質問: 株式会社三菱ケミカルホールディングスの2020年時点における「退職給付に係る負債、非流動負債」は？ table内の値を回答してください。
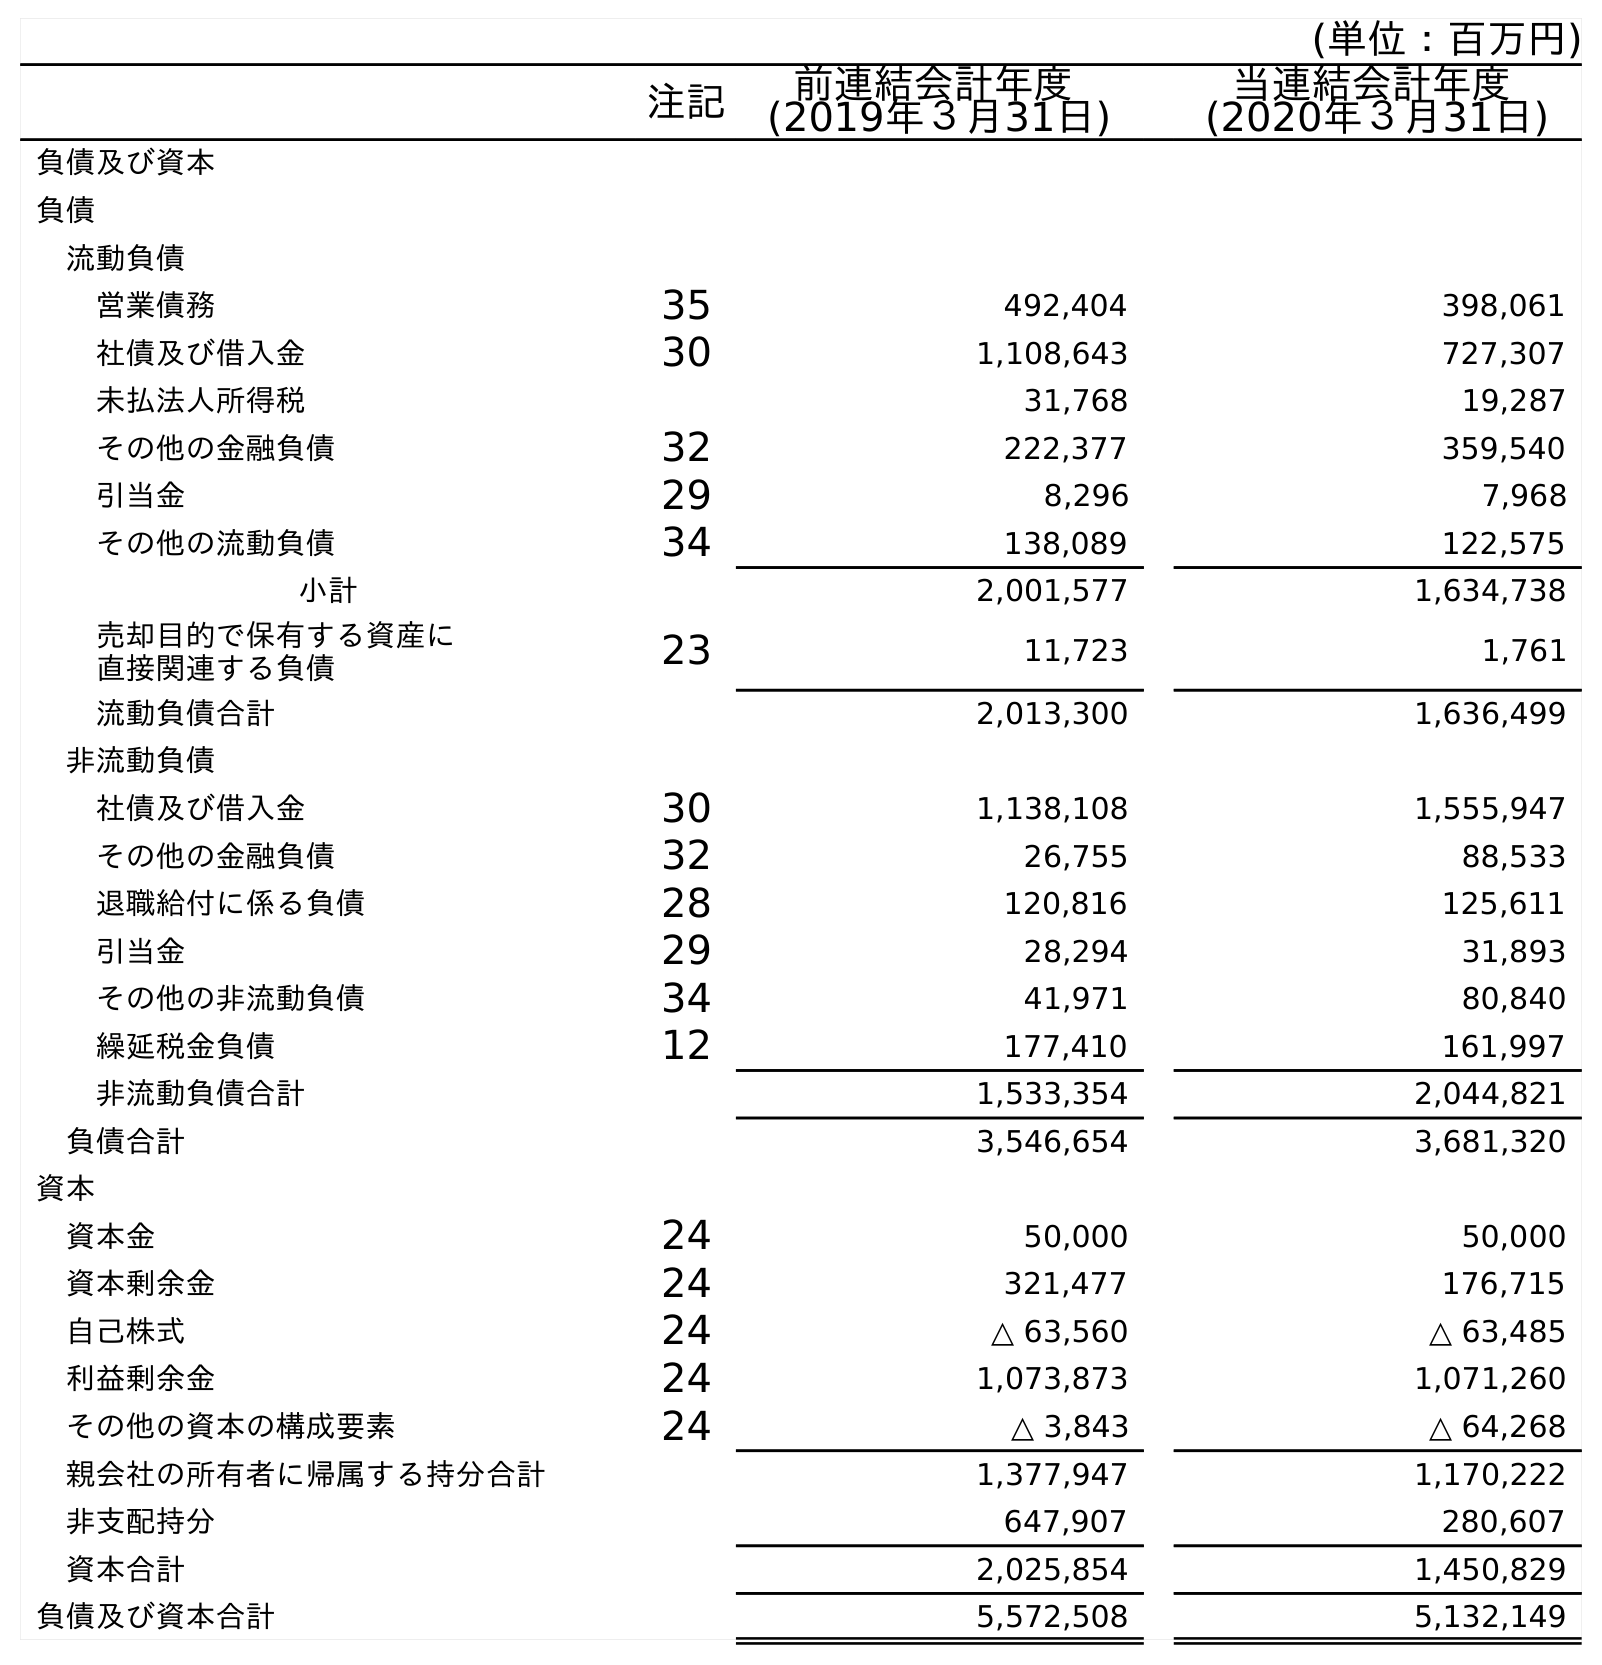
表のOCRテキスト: (単位：百万円) 注記 前連結会計年度 (2019年３月31日) 当連結会計年度 (2020年３月31日) 負債及び資本 負債 流動負債 営業債務 35 492,404 398,061 社債及び借入金 30 1,108,643 727,307 未払法人所得税 31,768 19,287 その他の金融負債 32 222,377 359,540 引当金 29 8,296 7,968 その他の流動負債 34 138,089 122,575 小計 2,001,577 1,634,738 売却目的で保有する資産に 直接関連する負債 23 11,723 1,761 流動負債合計 2,013,300 1,636,499 非流動負債 社債及び借入金 30 1,138,108 1,555,947 その他の金融負債 32 26,755 88,533 退職給付に係る負債 28 120,816 125,611 引当金 29 28,294 31,893 その他の非流動負債 34 41,971 80,840 繰延税金負債 12 177,410 161,997 非流動負債合計 1,533,354 2,044,821 負債合計 3,546,654 3,681,320 資本 資本金 24 50,000 50,000 資本剰余金 24 321,477 176,715 自己株式 24 △ 63,560 △ 63,485 利益剰余金 24 1,073,873 1,071,260 その他の資本の構成要素 24 △ 3,843 △ 64,268 親会社の所有者に帰属する持分合計 1,377,947 1,170,222 非支配持分 647,907 280,607 資本合計 2,025,854 1,450,829 負債及び資本合計 5,572,508 5,132,149
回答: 125,611